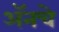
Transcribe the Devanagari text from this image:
अॅनचे